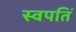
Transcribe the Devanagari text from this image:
स्वपतिं